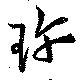
珍